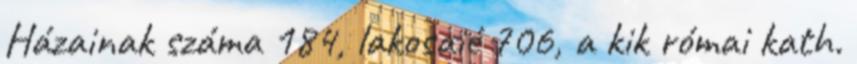
Házainak száma 184, lakosaié 706, a kik római kath.